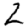
Digit: 2